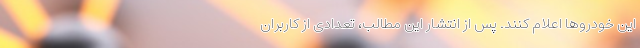
این خودروها اعلام کنند. پس از انتشار این مطالب، تعدادی از کاربران